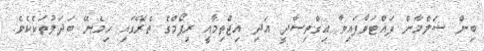
ބިން ސަލްމާން ފައްޓަވާފައިވާ އިގްތިސާދީ އަދި އިޖްތިމާއީ ރިޕޯމްގެ ތެރޭގައި ހިމެނޭ ބަދަލުތަކެކެވެ.